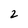
Character: 2